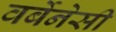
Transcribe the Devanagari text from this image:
वर्बेनेसी